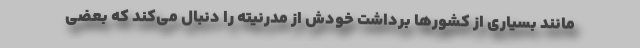
مانند بسیاری از کشورها برداشت خودش از مدرنیته را دنبال می‌کند که بعضی